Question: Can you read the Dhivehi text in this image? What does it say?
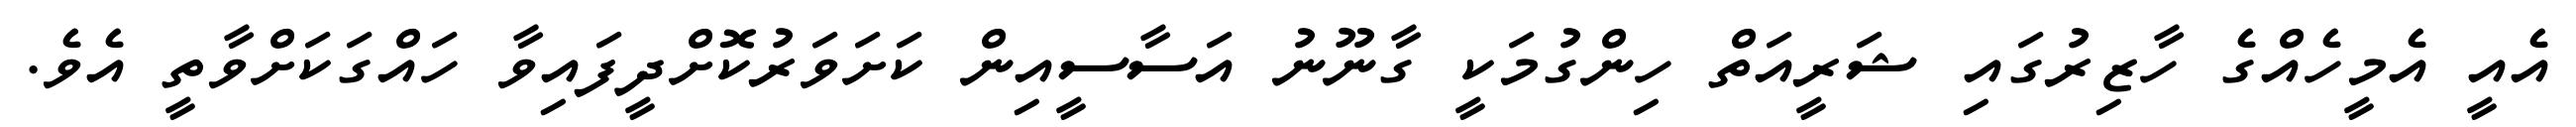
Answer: އެއީ އެމީހެއްގެ ހާޒިރުގައި ޝަރީއަތް ހިންގުމަކީ ގާނޫނު އަސާސީއިން ކަށަވަރުކޮށްދީފައިވާ ހައްގަކަށްވާތީ އެވެ.